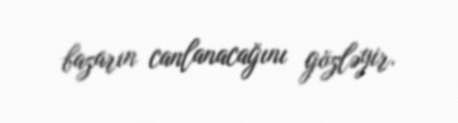
bazarın canlanacağını gözləyir.